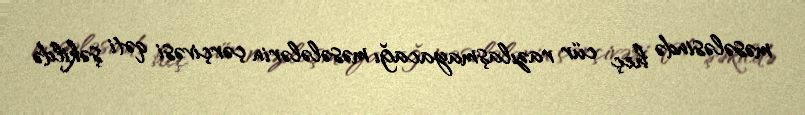
məsələsində heç cür razılaşmayacağı məsələlərin çərçivəsi qəti şəkildə